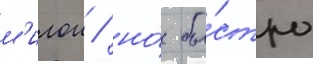
м'илои / но́ бы́стро